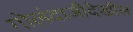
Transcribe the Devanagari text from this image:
गोलंदाजीदेखील